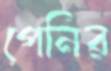
পেনির